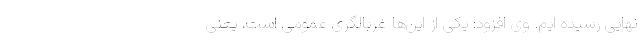
نهایی رسیده ایم. وی افزود: یکی از این‌ها غربالگری عمومی است، یعنی